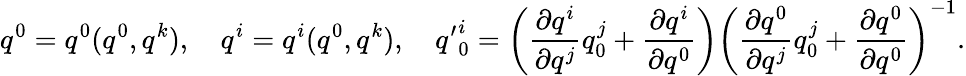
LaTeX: q^{0}=q^{0}(q^{0},q^{k}),\quad q^{i}=q^{i}(q^{0},q^{k}),\quad{q^{\prime}}_{0}^{i}=\left({\frac{\partial q^{i}}{\partial q^{j}}}q_{0}^{j}+{\frac{\partial q^{i}}{\partial q^{0}}}\right)\left({\frac{\partial q^{0}}{\partial q^{j}}}q_{0}^{j}+{\frac{\partial q^{0}}{\partial q^{0}}}\right)^{-1}.